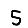
Digit: 5